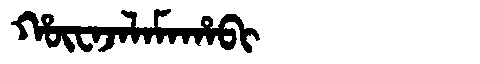
Manchu: ᡥᡡᠸᠠᠵᠠᠯᠠᠮᠠᡥᠠᠪᡳ
Romanization: HŪWAJALAMAHABI